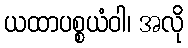
ယထာပစ္စယံဝါ၊ အလို